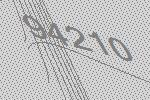
94210